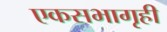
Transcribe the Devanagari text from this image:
एकसभागृही